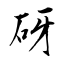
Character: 砑